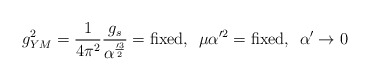
\begin{align*}g_{YM}^2 = {1 \over 4 \pi^2} {g_s \over \alpha'^{3 \over 2}} = \mbox{fixed},\hspace{2mm} \mu \alpha'^2 = \mbox{fixed}, \hspace{2mm} \alpha' \to 0\end{align*}